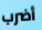
أضرب